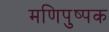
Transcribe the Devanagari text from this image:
मणिपुष्पक